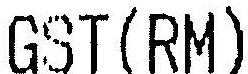
GST(RM)